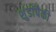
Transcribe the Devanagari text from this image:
शुंडांपैकी